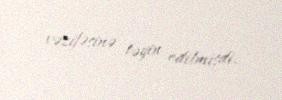
vəzifəsinə təyin edilmişdi.